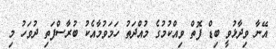
އޭނާ ވިދާޅުވީ ބިޑް ފޮތް ވިއްކުމުގެ މުއްދަތު ހަމަވުމާއެކު ބުރާސްފަތި ދުވަހު މި